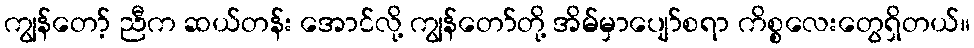
ကျွန်တော့် ညီက ဆယ်တန်း အောင်လို့ ကျွန်တော်တို့ အိမ်မှာပျော်စရာ ကိစ္စလေးတွေရှိတယ်။